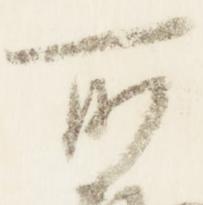
所